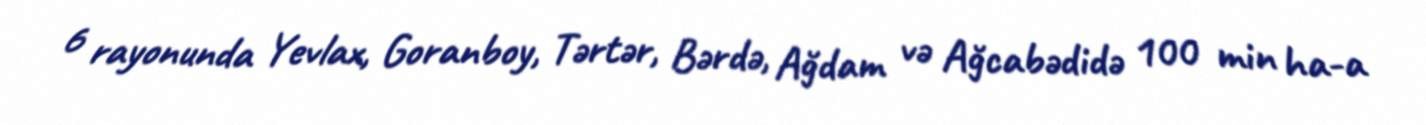
6 rayonunda Yevlax, Goranboy, Tərtər, Bərdə, Ağdam və Ağcabədidə 100 min ha-a